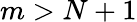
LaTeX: m>N+1